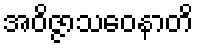
အဝိဇ္ဇာသဝေနာတိ